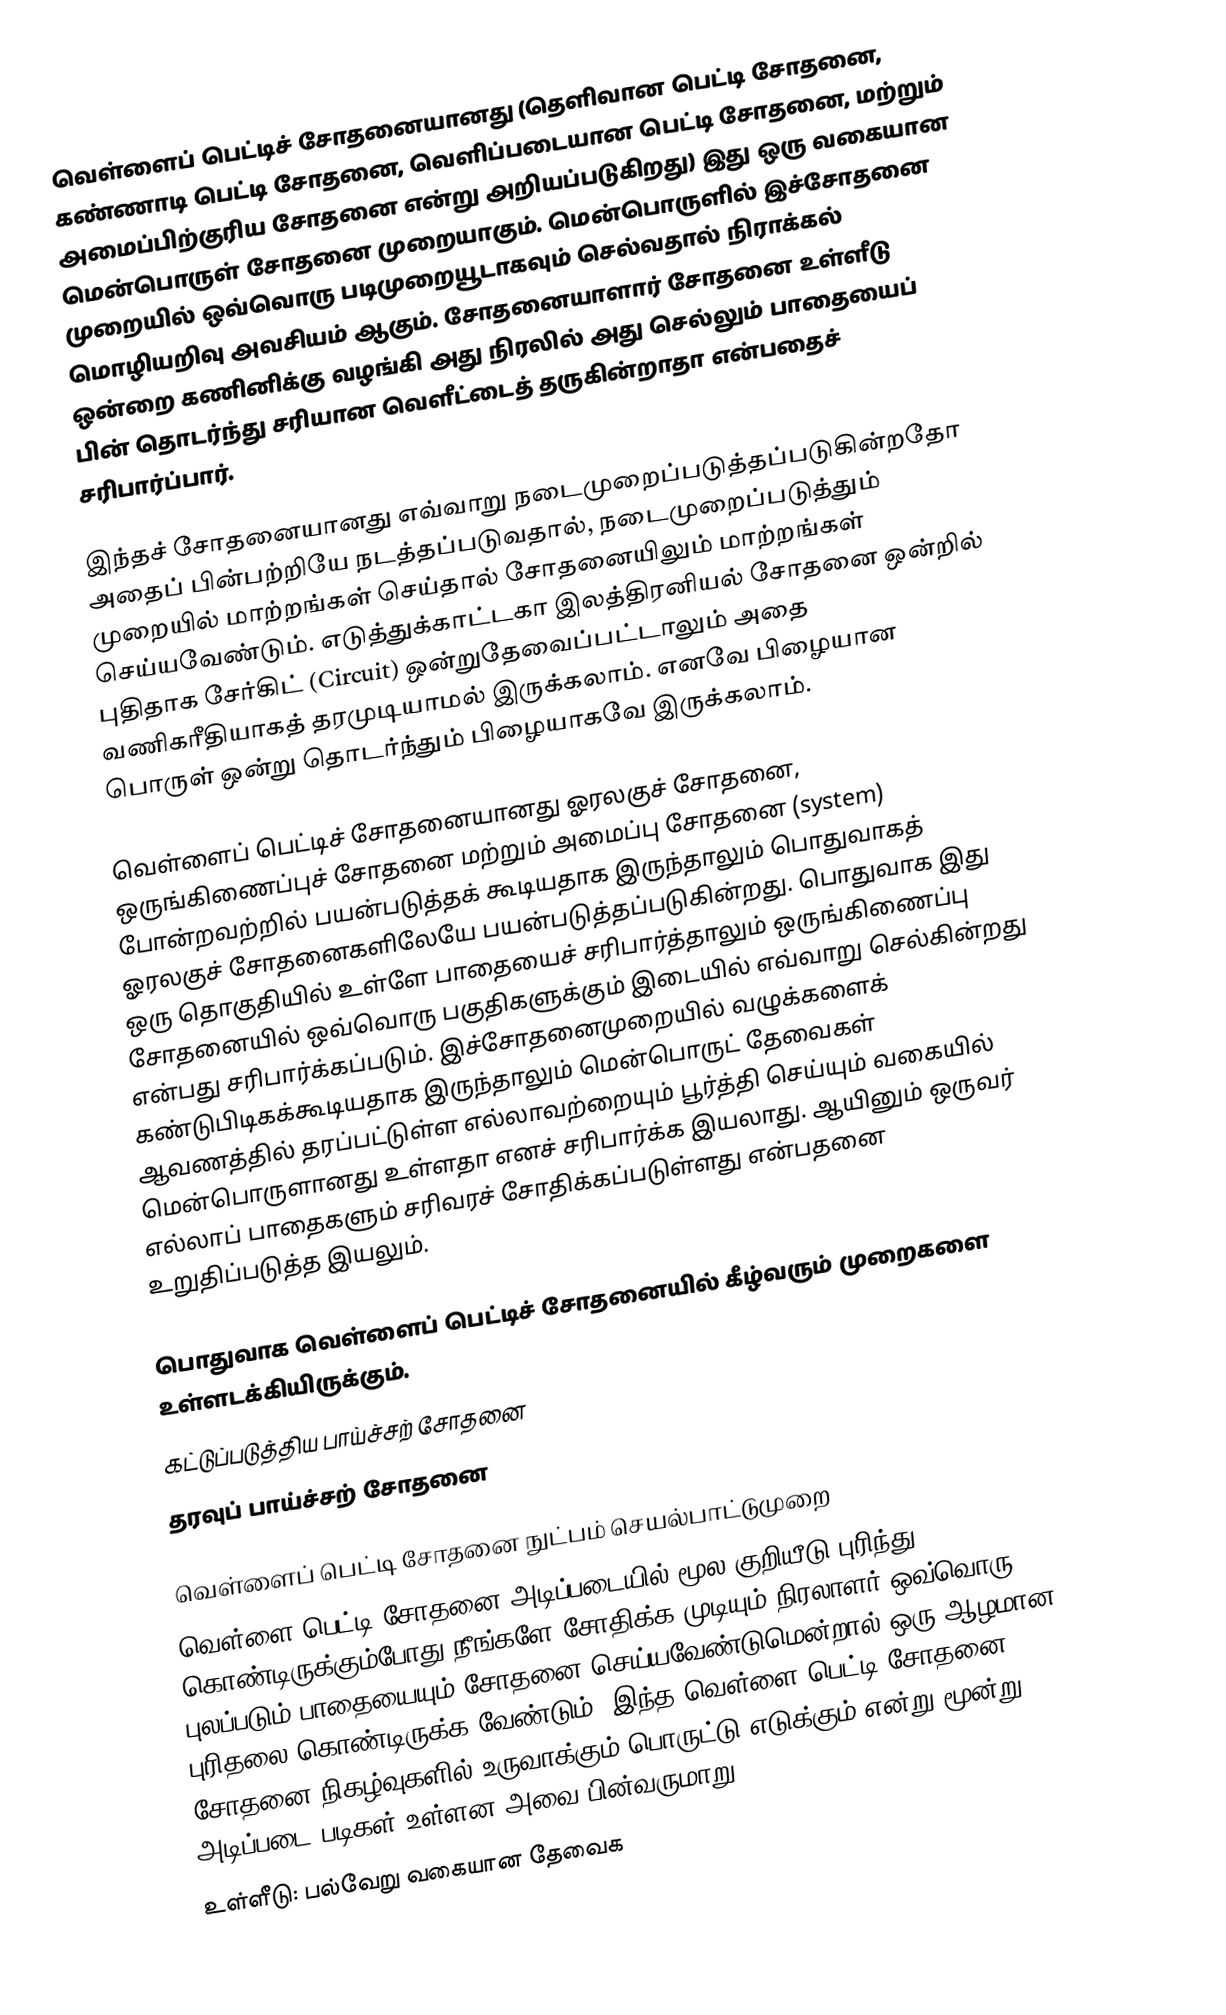
வெள்ளைப் பெட்டிச் சோதனையானது (தெளிவான பெட்டி சோதனை, கண்ணாடி பெட்டி சோதனை, வெளிப்படையான பெட்டி சோதனை, மற்றும் அமைப்பிற்குரிய சோதனை என்று அறியப்படுகிறது) இது ஒரு வகையான மென்பொருள் சோதனை முறையாகும். மென்பொருளில் இச்சோதனை முறையில் ஒவ்வொரு படிமுறையூடாகவும் செல்வதால் நிராக்கல் மொழியறிவு அவசியம் ஆகும். சோதனையாளார் சோதனை உள்ளீடு ஒன்றை கணினிக்கு வழங்கி அது நிரலில் அது செல்லும் பாதையைப் பின் தொடர்ந்து சரியான வெளீட்டைத் தருகின்றாதா என்பதைச் சரிபார்ப்பார்.

இந்தச் சோதனையானது எவ்வாறு நடைமுறைப்படுத்தப்படுகின்றதோ அதைப் பின்பற்றியே நடத்தப்படுவதால், நடைமுறைப்படுத்தும் முறையில் மாற்றங்கள் செய்தால் சோதனையிலும் மாற்றங்கள் செய்யவேண்டும். எடுத்துக்காட்டகா இலத்திரனியல் சோதனை ஒன்றில் புதிதாக சேர்கிட் (Circuit) ஒன்றுதேவைப்பட்டாலும் அதை வணிகரீதியாகத் தரமுடியாமல் இருக்கலாம். எனவே பிழையான பொருள் ஒன்று தொடர்ந்தும் பிழையாகவே இருக்கலாம்.

வெள்ளைப் பெட்டிச் சோதனையானது ஓரலகுச் சோதனை, ஒருங்கிணைப்புச் சோதனை மற்றும் அமைப்பு சோதனை (system) போன்றவற்றில் பயன்படுத்தக் கூடியதாக இருந்தாலும் பொதுவாகத் ஓரலகுச் சோதனைகளிலேயே பயன்படுத்தப்படுகின்றது. பொதுவாக இது ஒரு தொகுதியில் உள்ளே பாதையைச் சரிபார்த்தாலும் ஒருங்கிணைப்பு சோதனையில் ஒவ்வொரு பகுதிகளுக்கும் இடையில் எவ்வாறு செல்கின்றது என்பது சரிபார்க்கப்படும். இச்சோதனைமுறையில் வழுக்களைக் கண்டுபிடிகக்கூடியதாக இருந்தாலும் மென்பொருட் தேவைகள் ஆவணத்தில் தரப்பட்டுள்ள எல்லாவற்றையும் பூர்த்தி செய்யும் வகையில் மென்பொருளானது உள்ளதா எனச் சரிபார்க்க இயலாது. ஆயினும் ஒருவர் எல்லாப் பாதைகளும் சரிவரச் சோதிக்கப்படுள்ளது என்பதனை உறுதிப்படுத்த இயலும்.

பொதுவாக வெள்ளைப் பெட்டிச் சோதனையில் கீழ்வரும் முறைகளை உள்ளடக்கியிருக்கும்.
கட்டுப்படுத்திய பாய்ச்சற் சோதனை
தரவுப் பாய்ச்சற் சோதனை

வெள்ளைப் பெட்டி சோதனை நுட்பம் செயல்பாட்டுமுறை
வெள்ளை பெட்டி சோதனை அடிப்படையில்  மூல குறியீடு புரிந்து கொண்டிருக்கும்போது  நீங்களே சோதிக்க முடியும்.நிரலாளர் ஒவ்வொரு புலப்படும் பாதையையும் சோதனை செய்யவேண்டுமென்றால் ஒரு ஆழமான புரிதலை கொண்டிருக்க வேண்டும். இந்த வெள்ளை பெட்டி சோதனை சோதனை நிகழ்வுகளில் உருவாக்கும் பொருட்டு எடுக்கும் என்று மூன்று அடிப்படை படிகள் உள்ளன அவை பின்வருமாறு:
 உள்ளீடு: பல்வேறு வகையான தேவைக